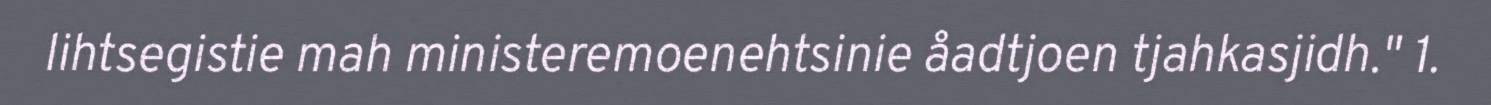
lihtsegistie mah ministeremoenehtsinie åadtjoen tjahkasjidh." 1.